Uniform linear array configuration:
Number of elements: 24
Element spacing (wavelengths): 0.5
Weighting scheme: cosine
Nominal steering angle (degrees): -30
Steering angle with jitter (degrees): -28.197
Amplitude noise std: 0.05
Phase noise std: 0.05

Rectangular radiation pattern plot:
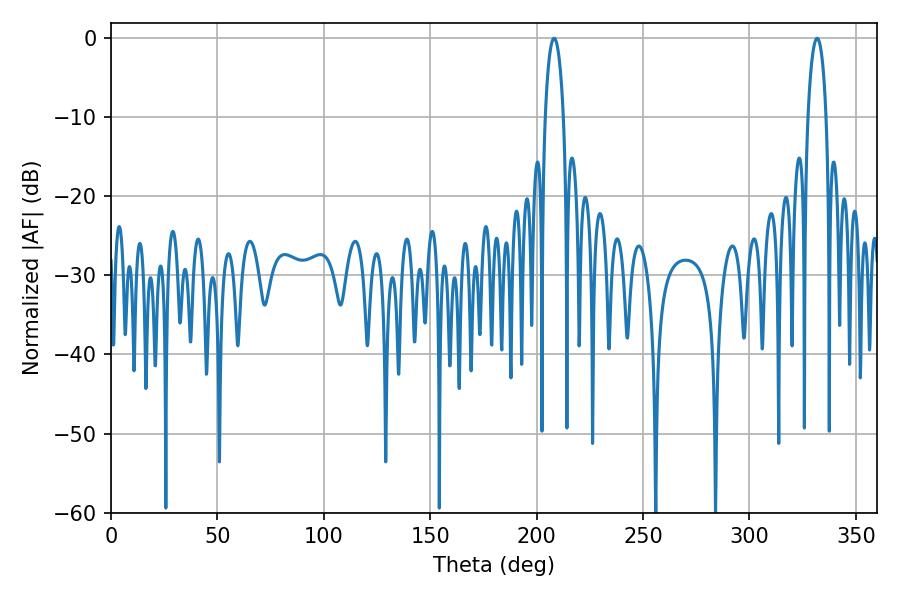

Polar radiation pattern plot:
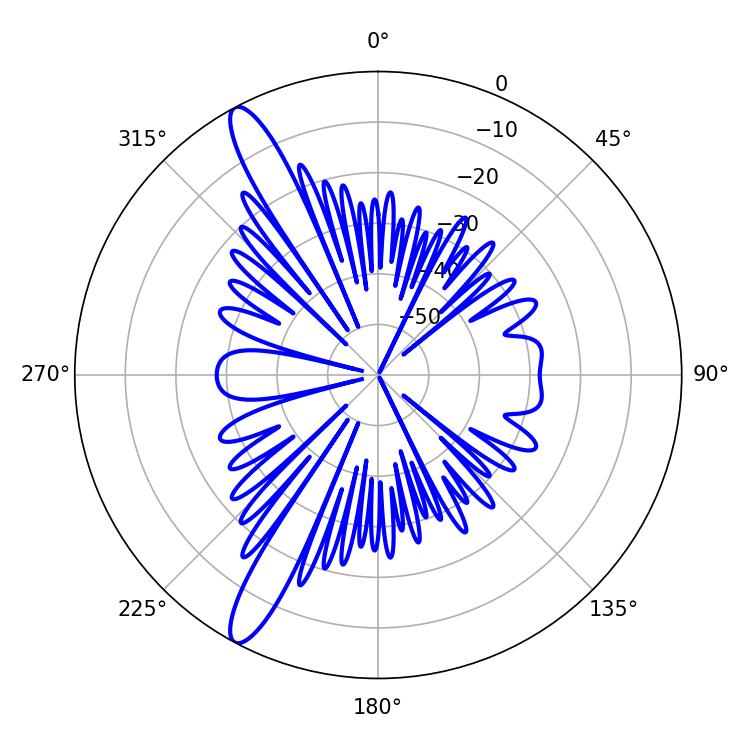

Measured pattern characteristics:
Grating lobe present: FALSE
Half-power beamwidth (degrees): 4.86
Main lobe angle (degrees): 208.26